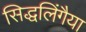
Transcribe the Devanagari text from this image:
सिद्धलिंगैया